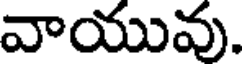
వాయువు.